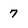
Character: 7